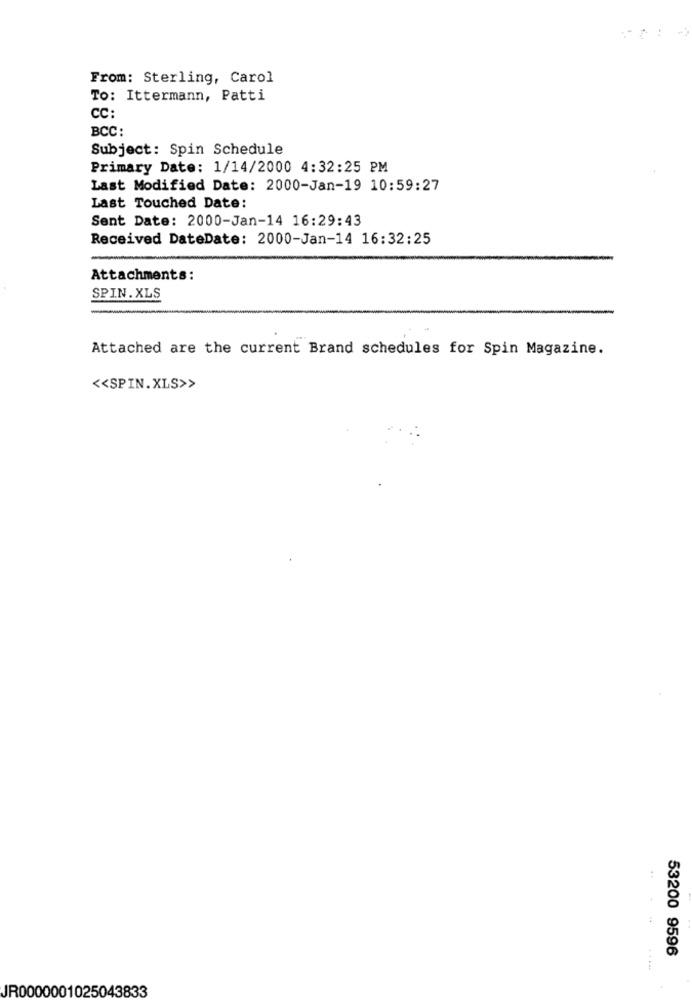
From: Sterling, Carol
To: Ittermann, Patti
CC:
BCC:
Subject: Spin Schedule
Primary Date: 1/14/2000 4:32:25 PM
Last Modified Date: 2000-Jan-19 10:59:27
Last Touched Date:
Sent Date: 2000-Jan-14 16:29:43
Received DateDate: 2000-Jan-14 16:32:25
Attachments:
SPIN.XLS
Attached are the current Brand schedules for Spin Magazine.
<< SPIN.XLS>>
..
53200 9596
JR0000001025043833